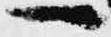
へ